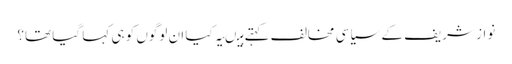
نواز شریف کے سیاسی مخالف کہتے ہیںیہ کیا ان لوگوں کو ہی کہا گیا تھا؟